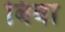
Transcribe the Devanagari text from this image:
बिबा